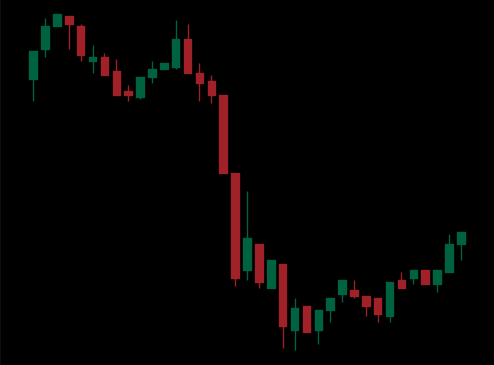
Pattern: bull_flag